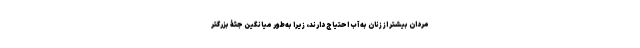
مردان بیشتر از زنان به آب احتیاج دارند، زیرا به‌طور میانگین جثۀ بزرگتر